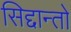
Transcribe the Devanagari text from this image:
सिद्दान्तो